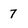
Character: 7